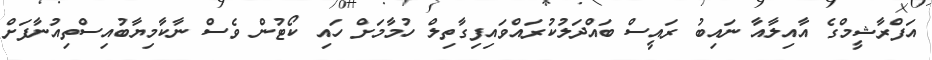
އަފްރާޝީމްގެ އާއިލާއާ ނައިބު ރައީސް ބައްދަލުކުރައްވައިފިގާތިލް ހުމާމަށް ހައި ކޯޓުން ވެސް ނާކާމިޔާބުއިސްތިއުނާފަށް